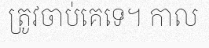
ត្រូវចាប់គេទេ។ កាល